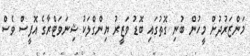
މަންޒަރުދުށް މީހުން ބުނި ގޮތުގައި ބޮޑު ވަޒީރު ޔިންގްލަކު ޝިނަވަޓްރާގެ އޮފީސް ވެސް